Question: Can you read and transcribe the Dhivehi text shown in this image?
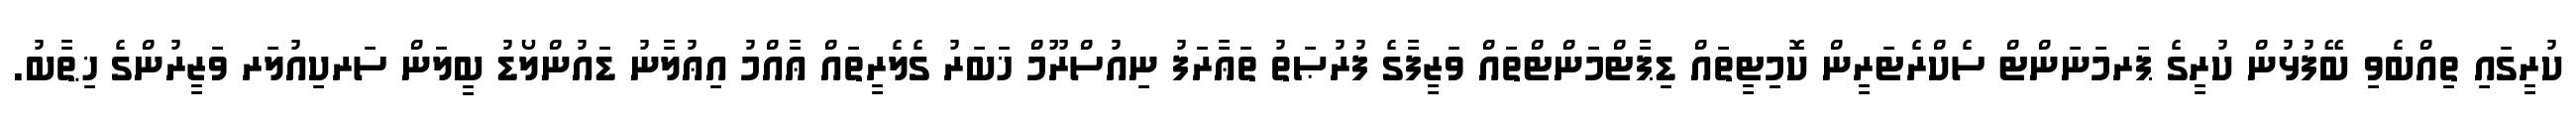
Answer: ކުރީގައި ތިއްބެވި ބޭފުޅުން ކުރީގެ ޕަރމަނަންޓް ސެކްރެޓަރީން ކޮމިޓީތައް ޑިޕާޓްމަންޓްތައް ވަޒީފާގެ ފުރުޞަތު ތަޢާރަފު ނިއުސްރޫމް ޚަބަރު ގެލެރީތައް ޢާއްމު އިޢުލާނު ޑައުންލޯޑު ބީލަން ސަރކިއުލަރ ވަޒީރުންގެ ޚިޠާބު.